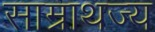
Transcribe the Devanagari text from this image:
साम्राथज्य